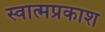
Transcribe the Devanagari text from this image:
स्वात्मप्रकाश